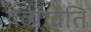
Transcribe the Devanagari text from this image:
यव्यावति